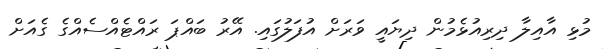
މުޅި އާއިލާ ދިރިއުޅެމުން ދިޔައީ ވަރަށް އުފަލުގައި. އޭރު ބައްޕަ ރައްޓެއްސެއްގެ ގެއަށް